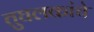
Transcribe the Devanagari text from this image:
तुघलकांचे